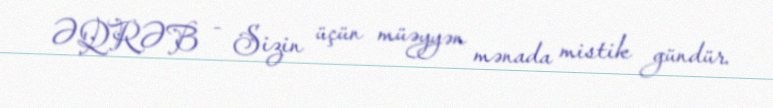
ƏQRƏB - Sizin üçün müəyyən mənada mistik gündür.